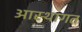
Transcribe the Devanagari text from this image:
आस्थागत